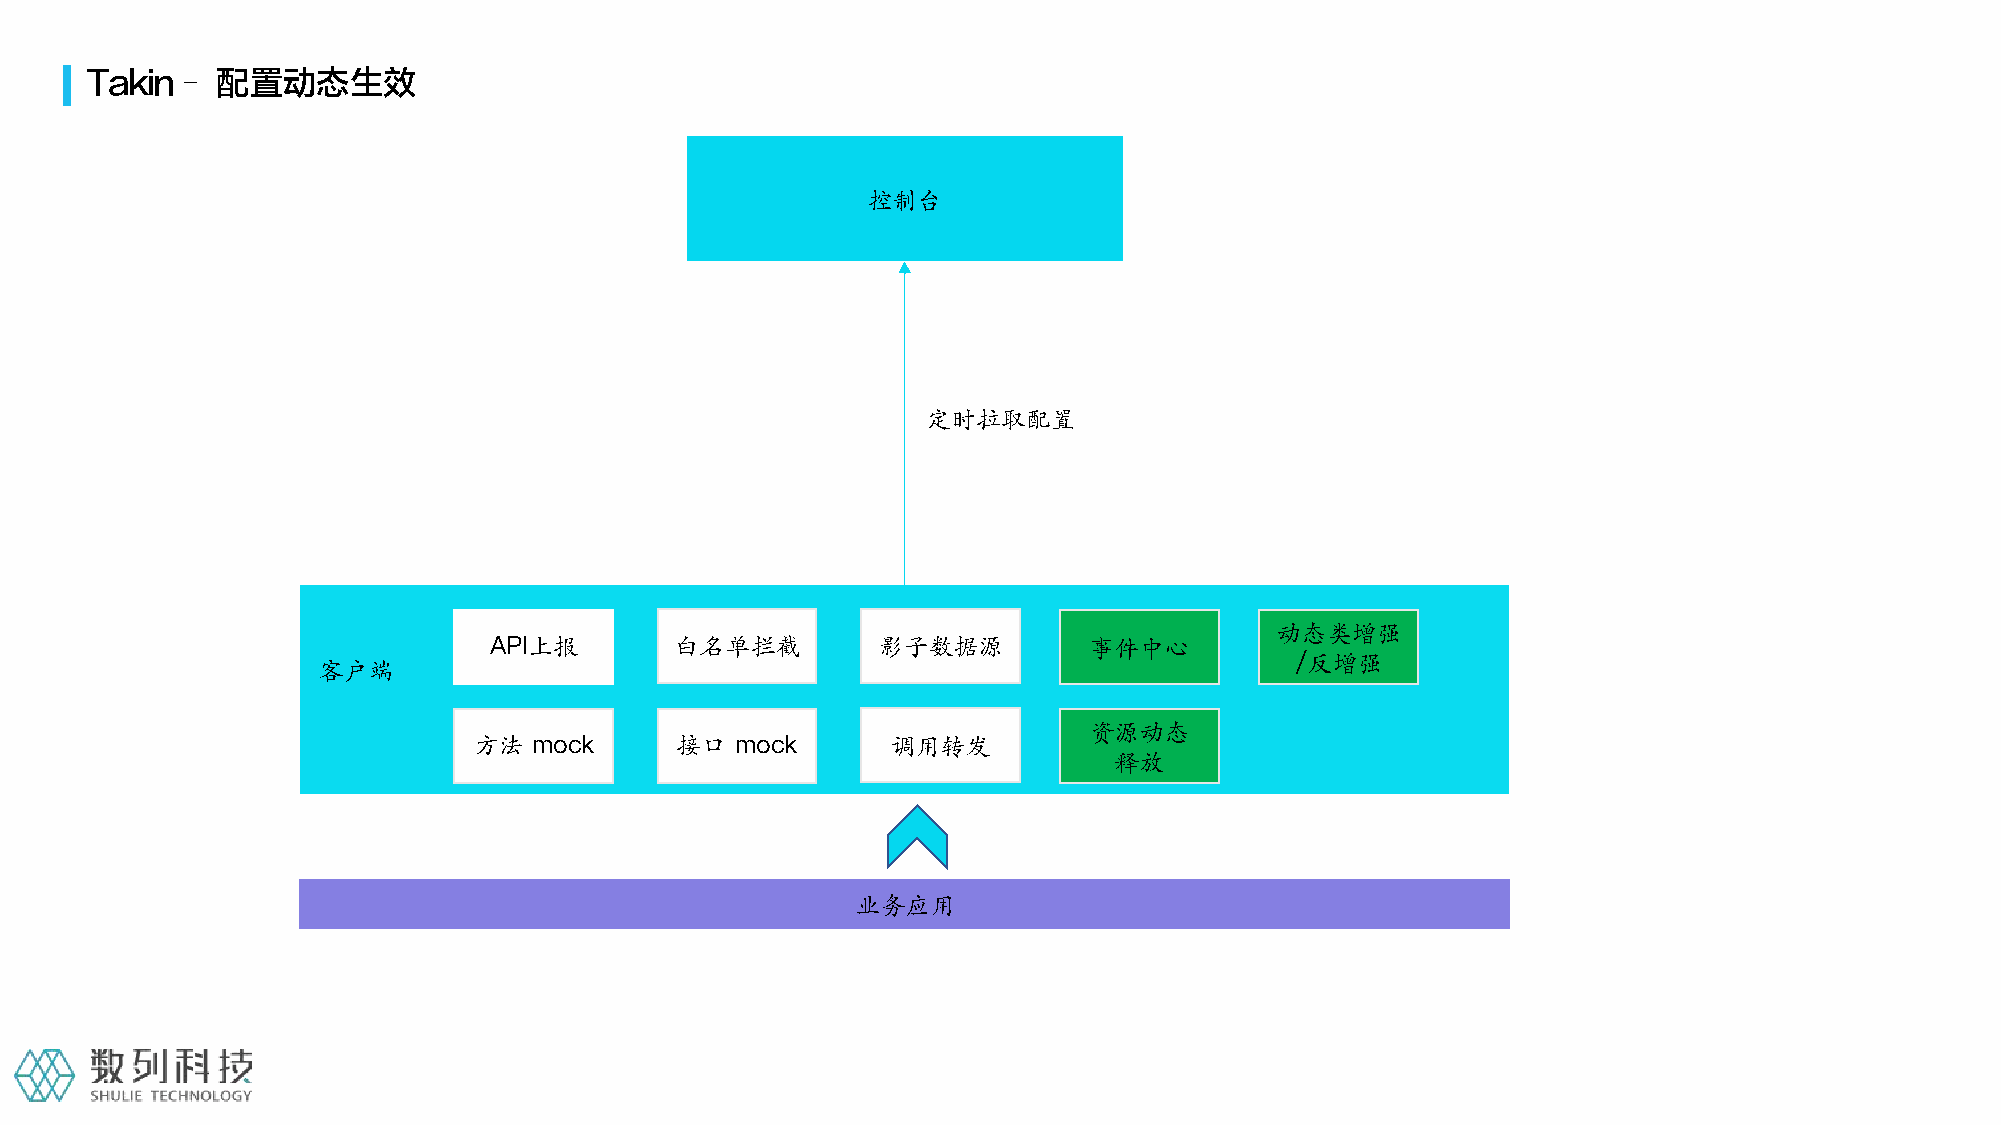
Takin–  配置动态生效
 控制台
 定时拉取配置
 动态类增强
 API上报        白名单拦截        影子数据源         事件中心
 /反增强
 客户端
 资源动态
 方法  mock      接口  mock      调用转发
 释放
 业务应用